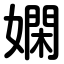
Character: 嫻